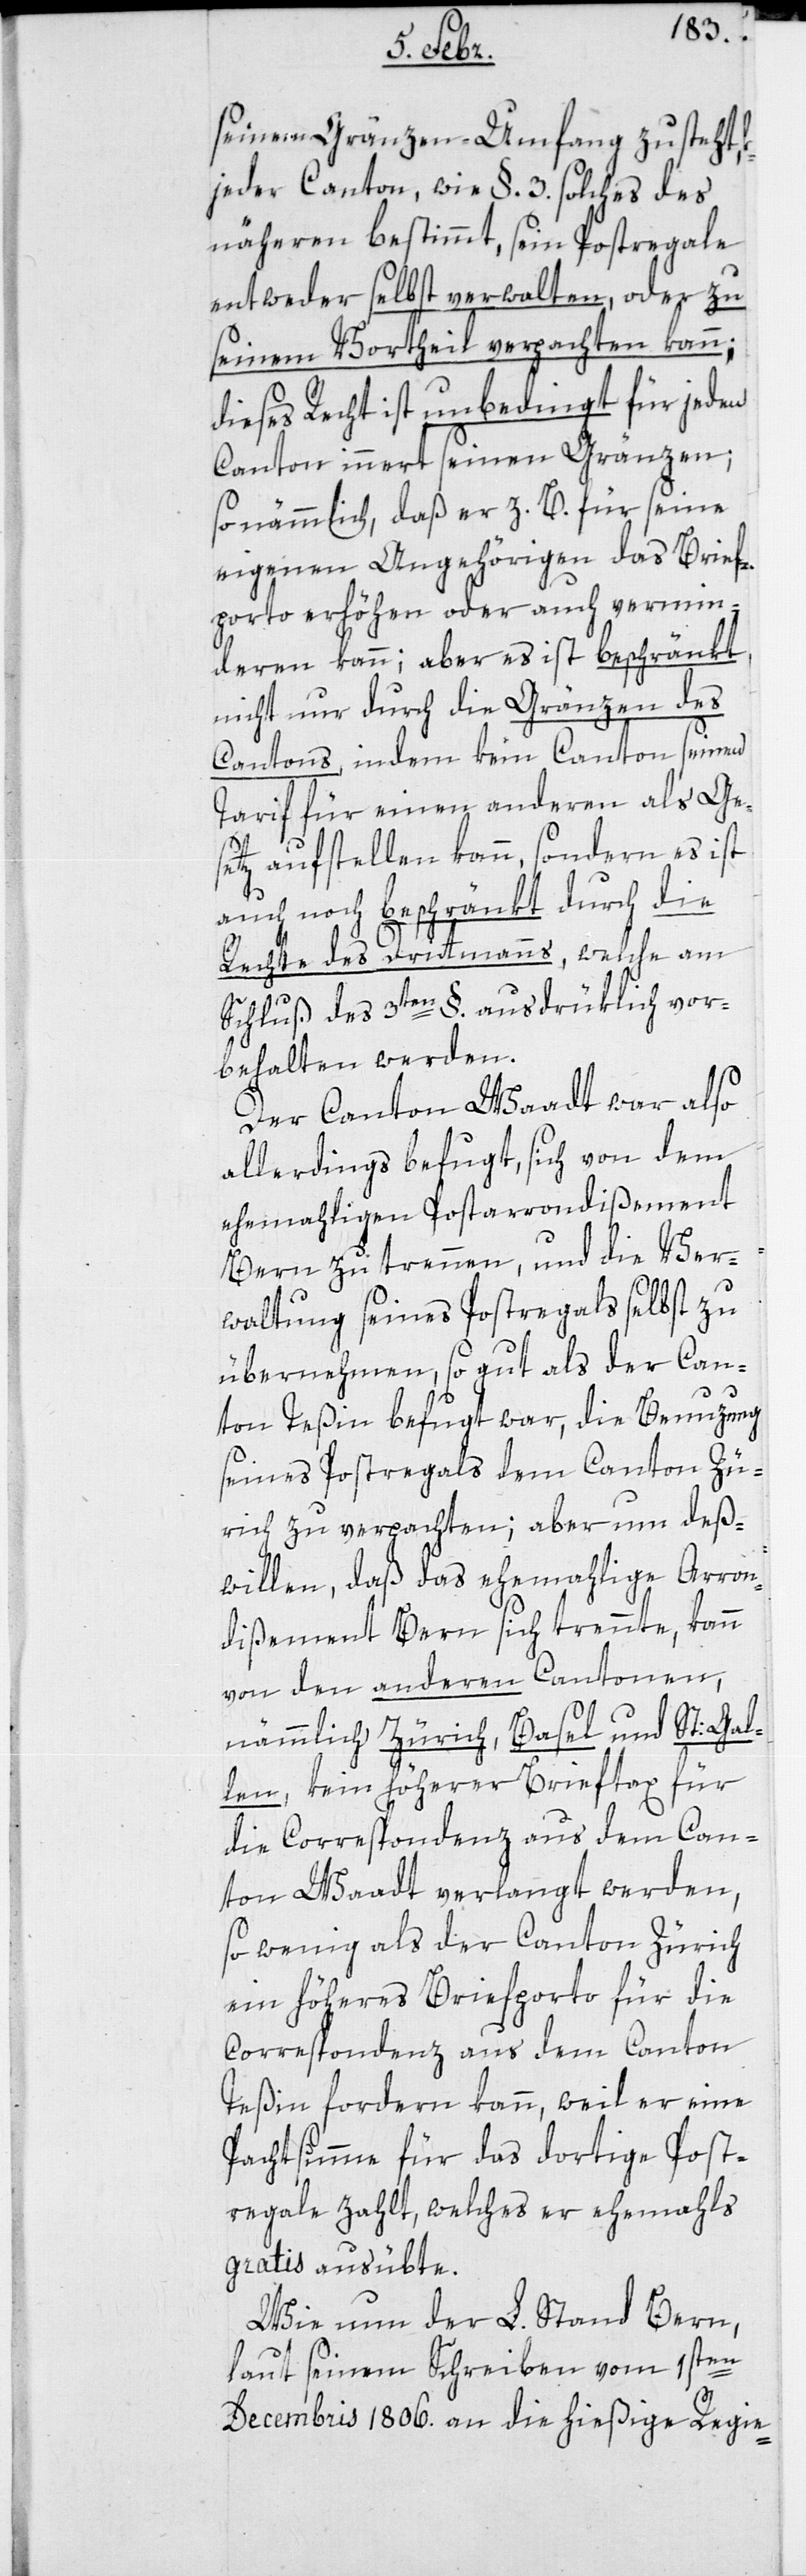
seinen Gränzen-Umfang zusteht,
jeder Canton, wie §. 3. solches des
näheren bestimmt, sein Postregale
entweder selbst verwalten oder zu
seinem Vortheil verpachten kann;
dieses Recht ist unbedingt für jeden
Canton innert seinen Gränzen;
so nämmlich, daß er z.B. für seine
eigenen Angehörigen das Brief¬
porto erhöhen oder auch vermin¬
deren kann; aber es ist beschränkt
nicht nur durch die Gränzen des
Cantons, indem kein Canton seinen
Tarif für einen anderen als Ge¬
setz aufstellen kann, sondern es ist,
auch noch beschränkt durch die
Rechte des Drittmanns, welche am
Schluß des 3ten §. ausdrüklich vor¬
behalten werden.
Der Canton Waadt war also
allerdings befugt, sich von dem
ehemaligen Post-Arrondißement
Bern zu trennen, und die Ver¬
waltung seines Postregals selbst zu
übernehmen, so gut als der Can¬
ton Teßin befugt war, die Benutzung
seines Postregals dem Canton Zü¬
rich zu verpachten; aber um des¬
willen, daß das ehemalige Arron¬
dißement Bern sich trennte, kann
von den anderen Cantonen,
nämmlich Zürich, Basel, und St. Gal¬
len, kein höherer Brieftax für
die Correspondenz aus dem Can¬
ton Waadt verlangt werden,
so wenig als der Canton Zürich
ein höheres Briefporto für die
Correspondenz aus dem Canton
Teßin fordern kann, weil er eine
Pachtsumme für das dortige Post¬
regale zahlt, welches er ehemahls
gratis ausübte.
Wie nun der L. Stand Bern,
laut seinem Schreiben vom 1sten
Decembris 1806. an die hießige Regie-